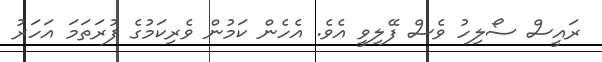
ރައީސް ސޯލިހު ވެސް ފޭލިވީ އެވެ. އެހެން ކަމުން ވެރިކަމުގެ ފުރަތަމަ އަހަރު